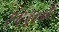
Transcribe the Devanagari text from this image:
१६१०के